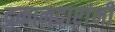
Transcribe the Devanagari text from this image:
दुकानदारांनी